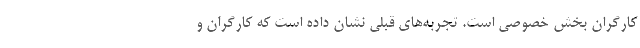
کارگران بخش خصوصی است. تجربه‌های قبلی نشان داده است که کارگران و